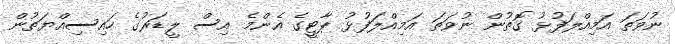
ނުވަތަ އަމިއްލަފުޅު ގޮތުން ނުވަތަ އަމިއްލަފުޅު ޕާޓީގެ އެންމެ އިސް ލީޑަރުގެ ހައިސިއްޔަތުން